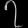
Digit: ၇